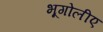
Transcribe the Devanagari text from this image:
भूगोलीए